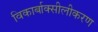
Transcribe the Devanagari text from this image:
विकार्बाक्सीलीकरण